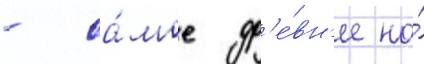
- са́мое др'е́вн'ее на́